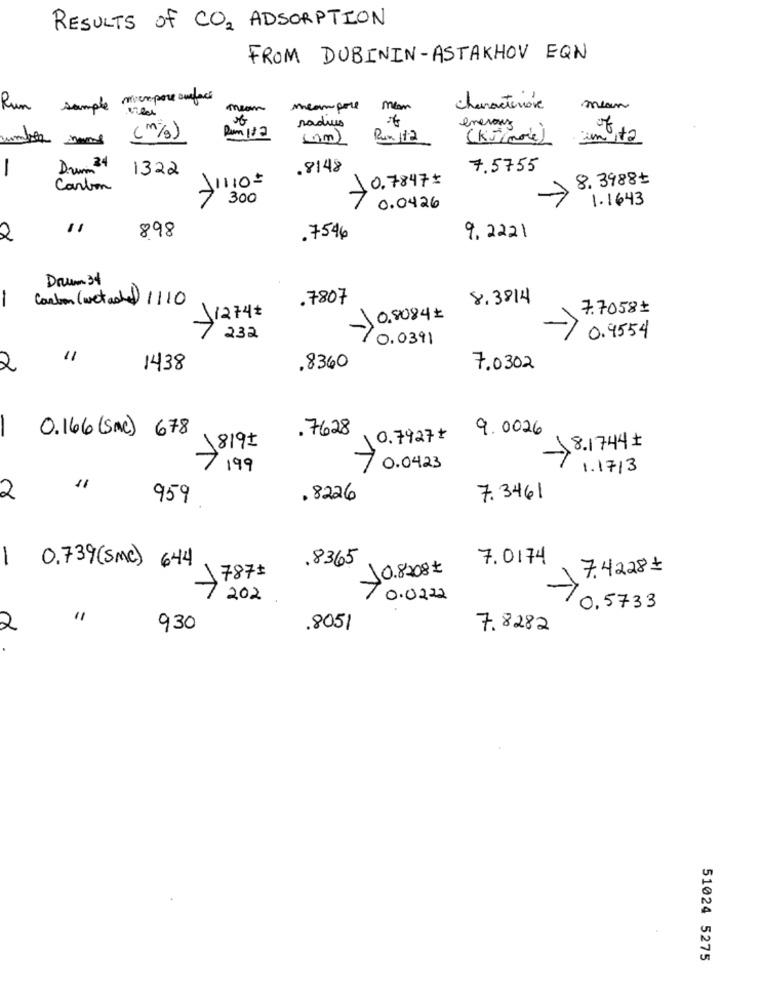
RESULTS of CO2 ADSORPTION
FROM DUBININ-ASTAKHOV EQN
micropore surface
Run
sample
mean
mcampore
characteriove
mean
radues
enerouz
cumber some
(m/s)
(nm)
Rua 112
( KJ ( more )
-
Dum 24
1322
.8148
7.5755
1110=
8.3988
Carbon
-0.7847=
300
->
1.1643
0.0426
11
898
2
.7546
9.2221
Drum 34
Carbon (wetade) 1110
.7807
8.3814
7.7058+
1274₺
0.8084+
232
10.0391
0.9554
11
2
1438
,8360
7.0302
0.166 (Snc) 678
. 7628
9. 0026
0.7927
1819+
8.1744
7199
70.0423
1.1713
11
2
959
. 8226
7. 3461
. 8365
7.0174
1 0.739 (SMC) 644
787+
10.8208=
7.4228=
1
202
70.0222
0, 5733
2
930
.8051
7.8282
51024 5275